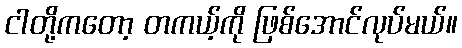
ငါတို့ကတော့ တကယ့်ကို ဖြစ်အောင်လုပ်မယ်။